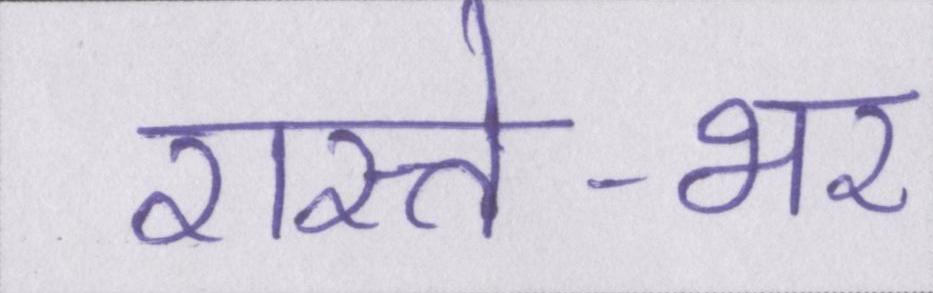
रास्ते-भर